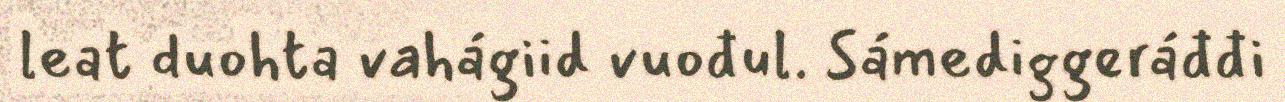
leat duohta vahágiid vuođul. Sámediggeráđđi